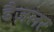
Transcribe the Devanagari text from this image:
डैज़लर